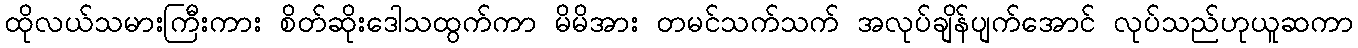
ထိုလယ်သမားကြီးကား စိတ်ဆိုးဒေါသထွက်ကာ မိမိအား တမင်သက်သက် အလုပ်ချိန်ပျက်အောင် လုပ်သည်ဟုယူဆကာ